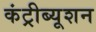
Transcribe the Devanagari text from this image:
कंट्रीब्यूशन